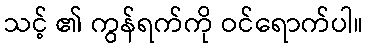
သင့် ၏ ကွန်ရက်ကို ဝင်ရောက်ပါ။